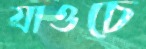
যাওচে